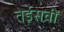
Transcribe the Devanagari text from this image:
तेईसवीं